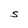
Character: S